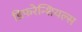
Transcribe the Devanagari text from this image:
डिफरेन्शियल्स